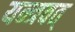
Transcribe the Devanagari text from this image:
यन्त्रवत्